Annual statistical returns and brief notes on vaccination in Bengal - 1909-1929
Year: 1909
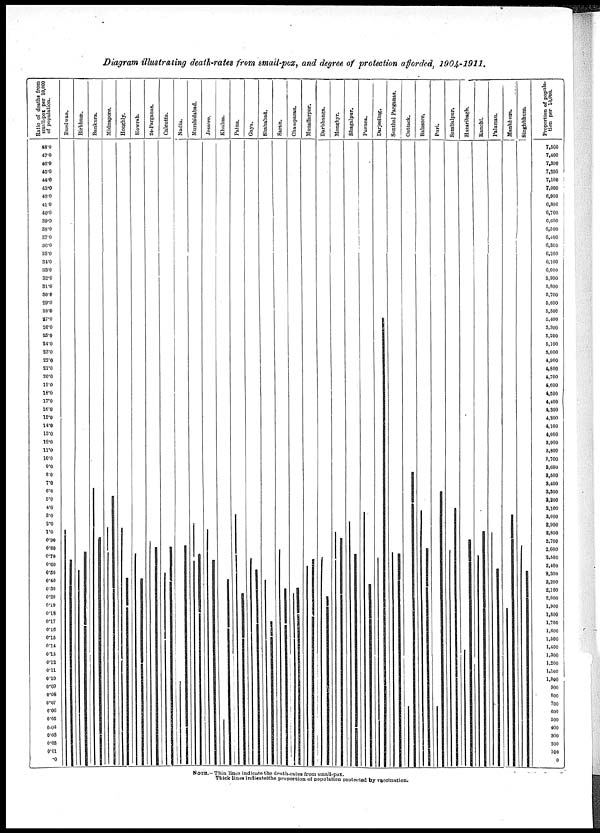
Diagram illustrating death-rates from small-pox, and degree of protection afforded, 1904-1911.
NOTE.- Thin lines indicate the death-rates from small-pox.
Thick lines indicate the proportion of population protected by vaccination.